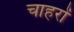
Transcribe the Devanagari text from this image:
चाहरों